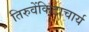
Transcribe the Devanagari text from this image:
तिरुवेंकिटाचार्य